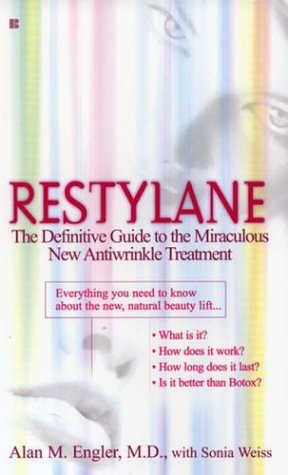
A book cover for Restylane; Alan M. Engler M.D.; Health, Fitness & Dieting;